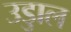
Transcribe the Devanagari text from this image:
उडुाल